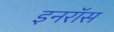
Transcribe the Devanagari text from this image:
इनरॉस